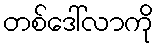
တစ်ဒေါ်လာကို